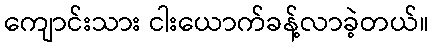
ကျောင်းသား ငါးယောက်ခန့်လာခဲ့တယ်။